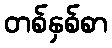
တစ်နှစ်စာ